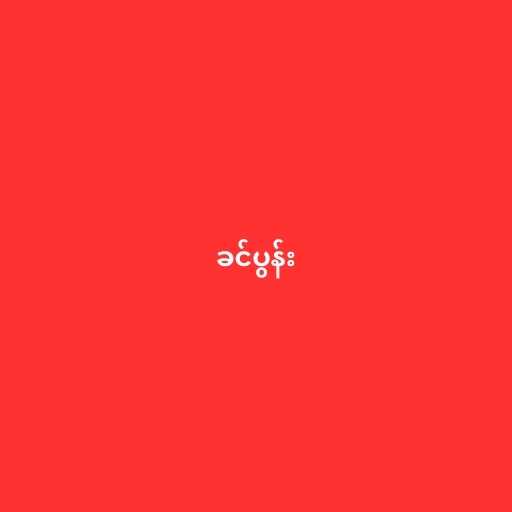
ခင်ပွန်း